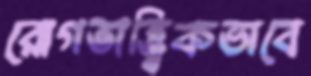
রোগতাত্ত্বিকভাবে